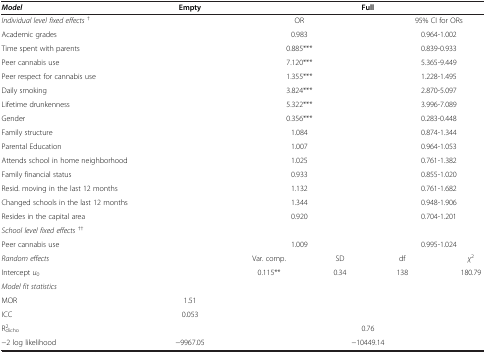
<table><thead><tr><td><b><i>Model</i></b></td><td><b>Empty</b></td><td colspan="4"><b>Full</b></td></tr></thead><tbody><tr><td><i>Individual level fixed effects</i><sup>†</sup></td><td> </td><td colspan="2">OR</td><td colspan="2">95% CI for ORs</td></tr><tr><td>Academic grades</td><td> </td><td colspan="2">0.983</td><td colspan="2">0.964-1.002</td></tr><tr><td>Time spent with parents</td><td> </td><td colspan="2">0.885***</td><td colspan="2">0.839-0.933</td></tr><tr><td>Peer cannabis use</td><td> </td><td colspan="2">7.120***</td><td colspan="2">5.365-9.449</td></tr><tr><td>Peer respect for cannabis use</td><td> </td><td colspan="2">1.355***</td><td colspan="2">1.228-1.495</td></tr><tr><td>Daily smoking</td><td> </td><td colspan="2">3.824***</td><td colspan="2">2.870-5.097</td></tr><tr><td>Lifetime drunkenness</td><td> </td><td colspan="2">5.322***</td><td colspan="2">3.996-7.089</td></tr><tr><td>Gender</td><td> </td><td colspan="2">0.356***</td><td colspan="2">0.283-0.448</td></tr><tr><td>Family structure</td><td> </td><td colspan="2">1.084</td><td colspan="2">0.874-1.344</td></tr><tr><td>Parental Education</td><td> </td><td colspan="2">1.007</td><td colspan="2">0.964-1.053</td></tr><tr><td>Attends school in home neighborhood</td><td> </td><td colspan="2">1.025</td><td colspan="2">0.761-1.382</td></tr><tr><td>Family financial status</td><td> </td><td colspan="2">0.933</td><td colspan="2">0.855-1.020</td></tr><tr><td>Resid. moving in the last 12 months</td><td> </td><td colspan="2">1.132</td><td colspan="2">0.761-1.682</td></tr><tr><td>Changed schools in the last 12 months</td><td> </td><td colspan="2">1.344</td><td colspan="2">0.948-1.906</td></tr><tr><td>Resides in the capital area</td><td> </td><td colspan="2">0.920</td><td colspan="2">0.704-1.201</td></tr><tr><td><i>School level fixed effects</i><sup>††</sup></td><td> </td><td colspan="2"> </td><td colspan="2"> </td></tr><tr><td>Peer cannabis use</td><td> </td><td colspan="2">1.009</td><td colspan="2">0.995-1.024</td></tr><tr><td><i>Random effects</i></td><td> </td><td>Var. comp.</td><td>SD</td><td>df</td><td><i>χ</i><sup>2</sup></td></tr><tr><td>Intercept <i>u</i><sub>0</sub></td><td> </td><td>0.115**</td><td>0.34</td><td>138</td><td>180.79</td></tr><tr><td><i>Model fit statistics</i></td><td> </td><td> </td><td> </td><td> </td><td> </td></tr><tr><td>MOR</td><td>1.51</td><td colspan="4"> </td></tr><tr><td>ICC</td><td>0.053</td><td colspan="4"> </td></tr><tr><td>R<sup>2</sup><sub>dicho</sub></td><td> </td><td colspan="4">0.76</td></tr><tr><td>−2 log likelihood</td><td>−9967.05</td><td colspan="4">−10449.14</td></tr></tbody></table>